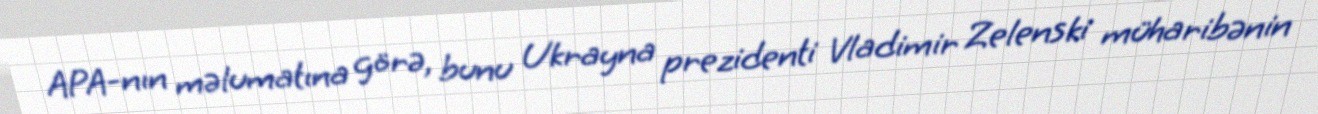
APA-nın məlumatına görə, bunu Ukrayna prezidenti Vladimir Zelenski müharibənin